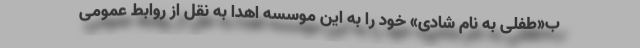
ب«طفلی به نام شادی» خود را به این موسسه اهدا به نقل از روابط عمومی